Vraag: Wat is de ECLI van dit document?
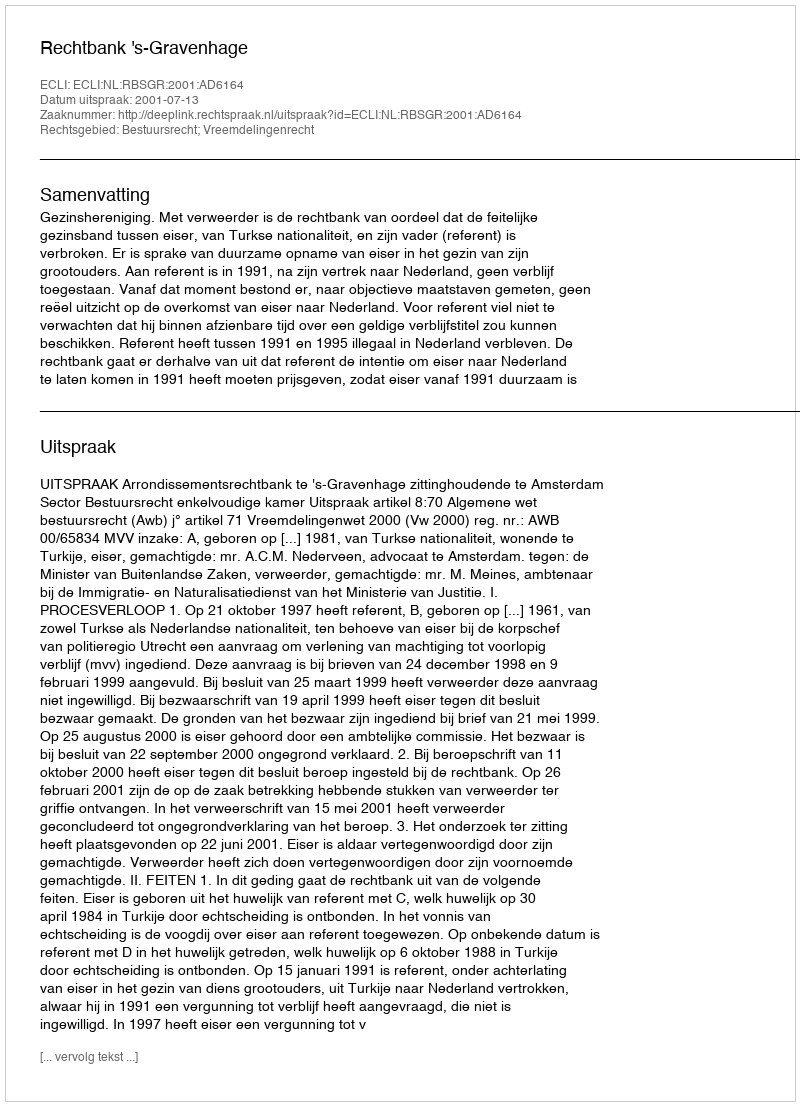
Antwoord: ECLI:NL:RBSGR:2001:AD6164